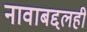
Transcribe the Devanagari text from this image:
नावाबद्दलही